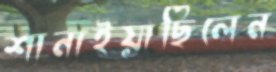
শানাইয়াছিলেন